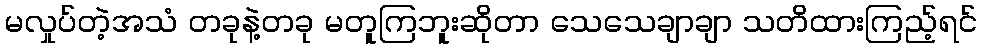
မလှုပ်တဲ့အသံ တခုနဲ့တခု မတူကြဘူးဆိုတာ သေသေချာချာ သတိထားကြည့်ရင်